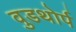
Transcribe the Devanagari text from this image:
वुडथोर्प